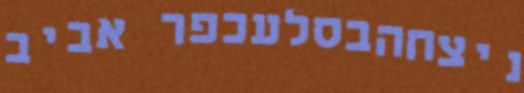
ניצחהבסלעכפר אביב